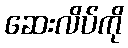
ဆေးလိပ်ကို